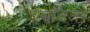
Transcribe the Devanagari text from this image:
चमबिअर